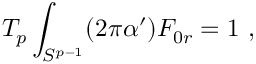
T _ { p } \int _ { S ^ { p - 1 } } ( 2 \pi \alpha ^ { \prime } ) F _ { 0 r } = 1 \ ,